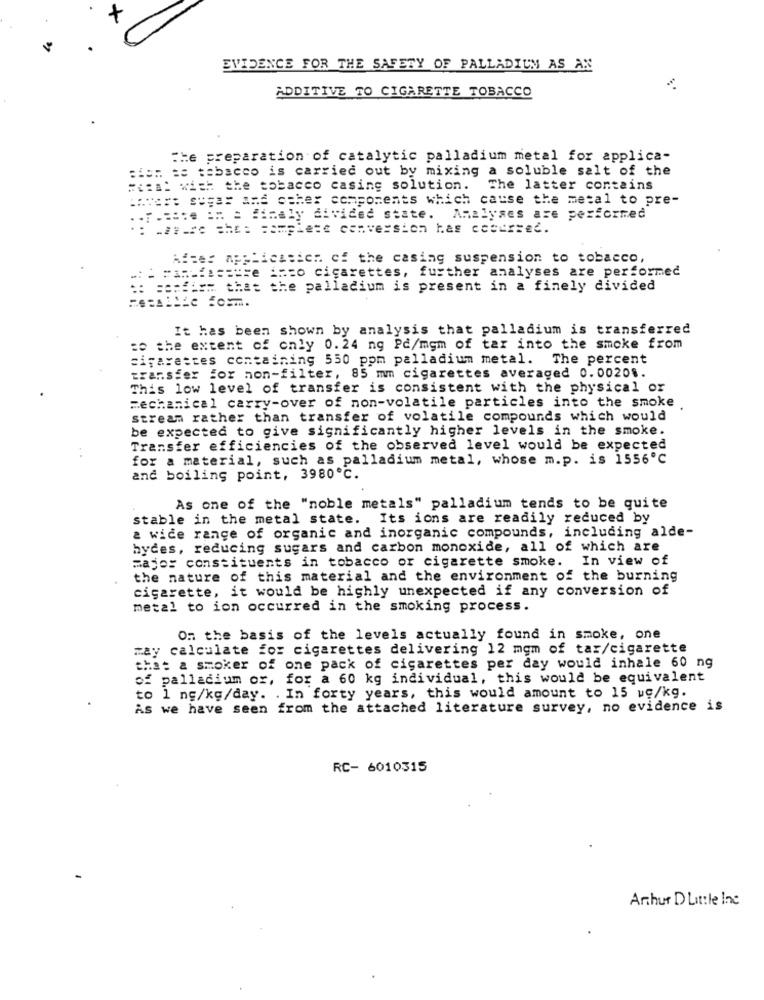
EVIDENCE FOR THE SAFETY OF PALLADIUM AS AN
ADDITIVE TO CIGARETTE TOBACCO
The preparation of catalytic palladium metal for applica-
:ion te tabacco is carried out by mixing a soluble salt of the
=c:a: with the tobacco casing solution.
The latter contains
:avere sugas and other components which cause the metal to pre-
.F. ::: e == = finely divided state. Analyses are performed
: .=== = h == === plete conversion has ccsurred.
Miter applicasich cf the casing suspension to tobacco,
=== = anche satte === o cigarettes, further analyses are performed
:: confirm that the palladium is present in a finely divided
It has been shown by analysis that palladium is transferred
to the extent of only 0.24 ng Pd/mgm of tar into the smoke from
Cigarettes containing 550 ppm palladium metal.
The percent
transfer for non-filter, 85 mm cigarettes averaged 0.00201.
This low level of transfer is consistent with the physical or
mechanical carry-over of non-volatile particles into the smoke
stream rather than transfer of volatile compounds which would
be expected to give significantly higher levels in the smoke.
Transfer efficiencies of the observed level would be expected
for a material, such as palladium metal, whose m.p. is 1556℃
and boiling point, 3980℃.
As one of the "noble metals" palladium tends to be quite
stable in the metal state. Its ions are readily reduced by
a wide range of organic and inorganic compounds, including alde-
hydes, reducing sugars and carbon monoxide, all of which are
major constituents in tobacco or cigarette smoke. In view of
the nature of this material and the environment of the burning
cigarette, it would be highly unexpected if any conversion of
metal to ion occurred in the smoking process.
On the basis of the levels actually found in smoke, one
may calculate for cigarettes delivering 12 mgm of tax/cigarette
that a smoker of one pack of cigarettes per day would inhale 60 ng
of palladium or, for a 60 kg individual, this would be equivalent
to 1 ng/kg/day. . In forty years, this would amount to 15 ug/kg.
As we have seen from the attached literature survey, no evidence is
RC- 6010315
Arthur D Little Inc